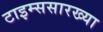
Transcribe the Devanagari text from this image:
टाइम्ससारख्या